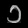
Digit: ၁